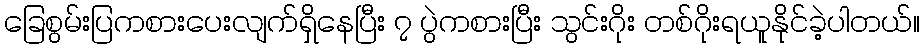
ခြေစွမ်းပြကစားပေးလျက်ရှိနေပြီး ၇ ပွဲကစားပြီး သွင်းဂိုး တစ်ဂိုးရယူနိုင်ခဲ့ပါတယ်။